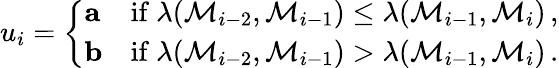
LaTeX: u_{i}=\left\{ \begin{array}{ll}{\mathbf{a}}&{\mathrm{if~}\lambda(\mathcal{M}_{i-2},\mathcal{M}_{i-1})\leq\lambda(\mathcal{M}_{i-1},\mathcal{M}_{i})\, ,}\\ {\mathbf{b}}&{\mathrm{if~}\lambda(\mathcal{M}_{i-2},\mathcal{M}_{i-1})>\lambda(\mathcal{M}_{i-1},\mathcal{M}_{i})\, .}\end{array}\right.